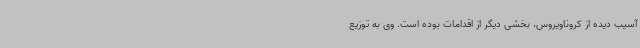
آسیب دیده از کروناویروس، بخشی دیگر از اقدامات بوده است. وی به توزیع